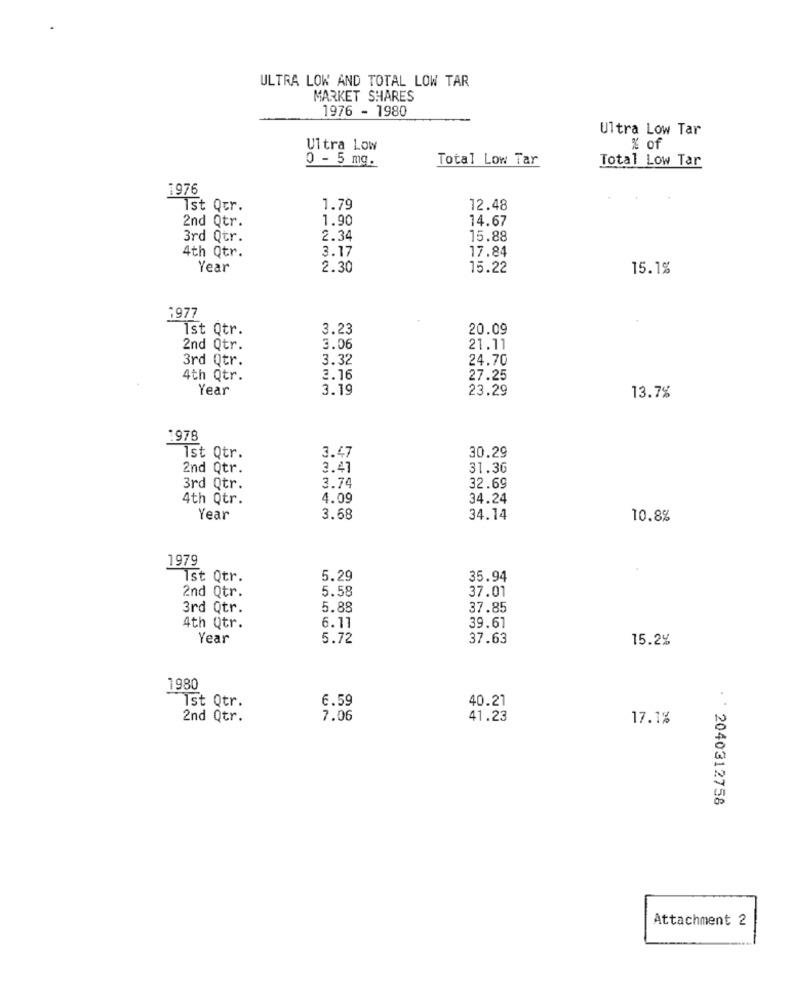
ULTRA LOW AND TOTAL LOW TAR
MARKET SHARES
1976 - 1980
Ultra Low Tar
Ultra Low
% of
0 - 5 mg.
Total Low Tar
Total Low Tar
1976
Ist Qur.
1.79
12.48
1.90
14.67
2nd Qtr.
3rd Qtr.
2.34
15.88
3.17
17.84
4th Qtr.
Year
2.30
15.22
15.1%
1977
Ist Qtr.
3.23
20.09
2nd Qtr.
3.06
21.11
3rd Qtr.
3.32
24.70
4th Qtr.
3.16
27.25
Year
3.19
23.29
13.7%
1978
30.29
1st Qtr.
3.47
2nd Qtr.
3.41
31.30
3rd Qtr.
3.74
32.69
4th Qtr.
4.09
34.24
Year
3.68
34.14
10.8%
1979
Ist Qtr.
5.29
35.94
5.58
2nd Qtr.
37.01
3rd Qtr.
5.88
37.85
4th Qtr.
6.11
39.61
Year
5.72
37.63
15.2%
1980
Ist Qtr.
6.59
40.21
2nd Qtr.
7.06
41.23
17.1%
. 2040312758
Attachment 2